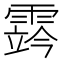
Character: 霠